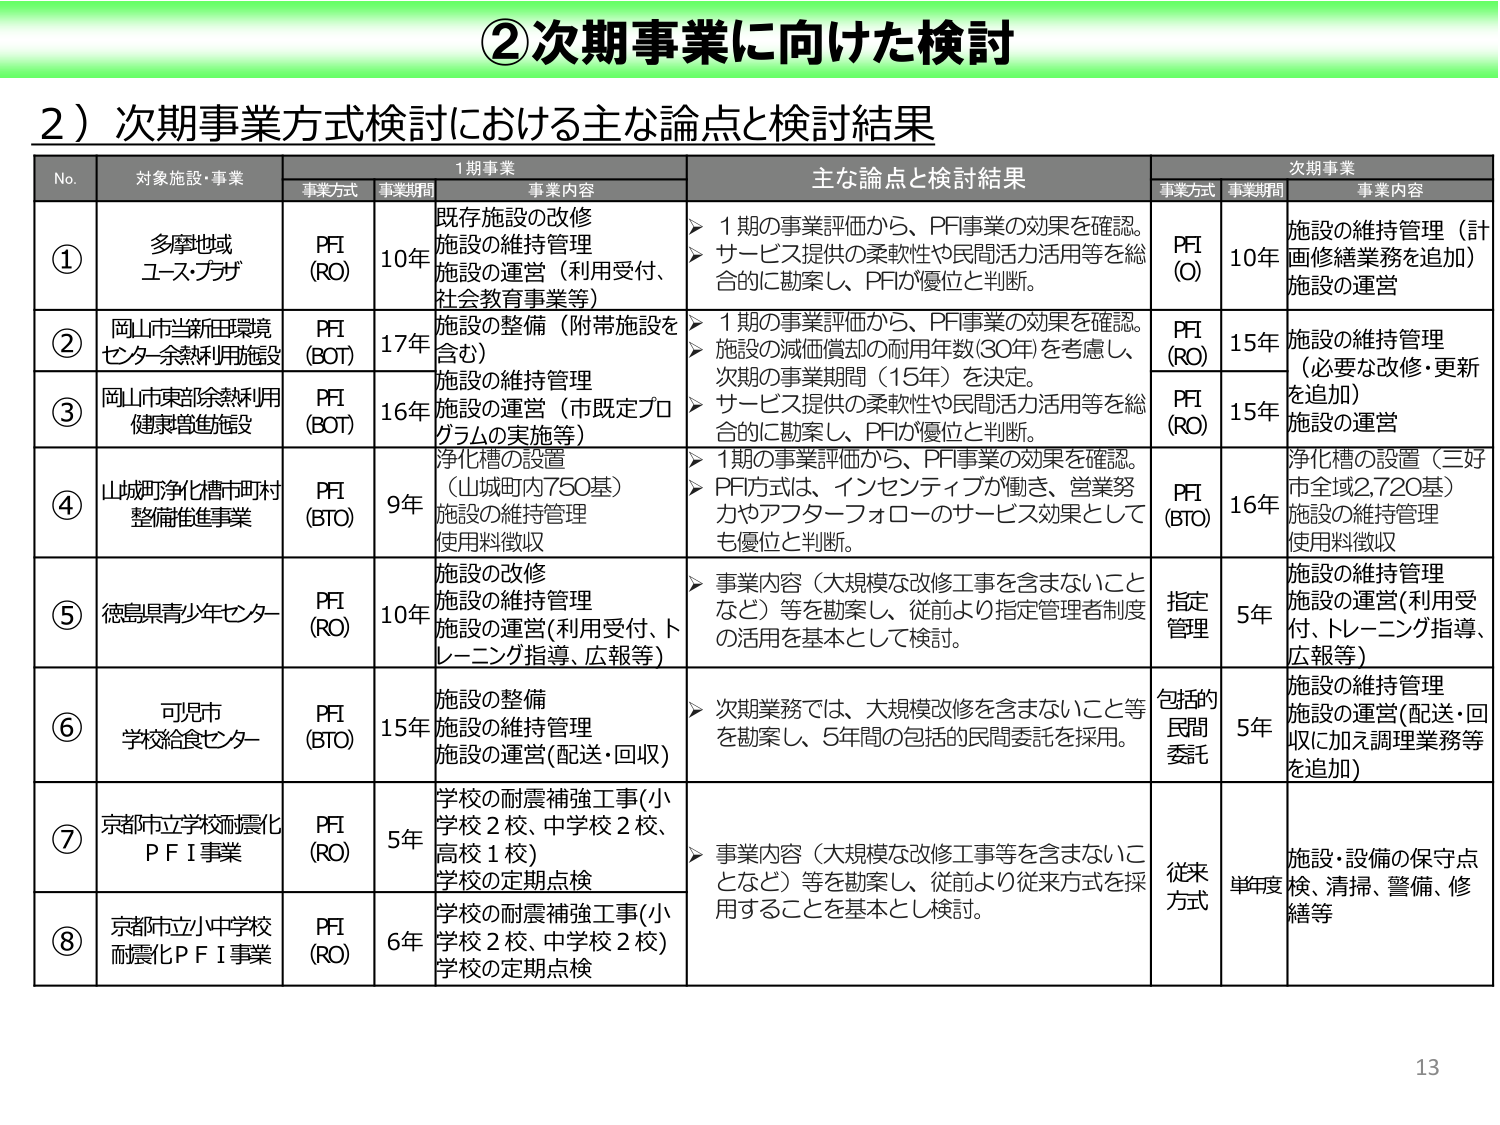
②次期事業に向けた検討

2）次期事業方式検討における主な論点と検討結果

No. 対象施設・事業 1期事業 主な論点と検討結果 次期事業
　　事業方式 事業期間 事業内容 事業方式 事業期間 事業内容

① 多摩地域 ユース・プラザ PFI (RO) 10年 既存施設の改修 施設の維持管理 施設の運営（利用受付、社会教育事業等） ▶ 1期の事業評価から、PFI事業の効果を確認。 ▶ サービス提供の柔軟性や民間活力活用等を総合的に勘案し、PFIが優位と判断。 PFI (O) 10年 施設の維持管理（計画修繕業務を追加） 施設の運営

② 岡山市当新庄環境センター余熱利用施設 PFI (BOT) 17年 施設の整備（附帯施設を含む） 施設の維持管理 施設の運営（市既定プログラムの実施等） ▶ 1期の事業評価から、PFI事業の効果を確認。 ▶ 施設の減価償却の耐用年数（30年）を考慮し、次期の事業期間（15年）を決定。 ▶ サービス提供の柔軟性や民間活力活用等を総合的に勘案し、PFIが優位と判断。 PFI (RO) 15年 施設の維持管理 （必要な改修・更新を追加） 施設の運営

③ 岡山市東部余熱利用健康増進施設 PFI (BOT) 16年 PFI (RO) 15年

④ 山城町浄化槽市町村整備推進事業 PFI (BTO) 9年 浄化槽の設置 （山城町内750基） 施設の維持管理 使用料徴収 ▶ 1期の事業評価から、PFI事業の効果を確認。 ▶ PFI方式は、インセンティブが働き、営業努力やアフターフォローのサービス効果としても優位と判断。 PFI (BTO) 16年 浄化槽の設置（三好市全域2,720基） 施設の維持管理 使用料徴収

⑤ 徳島県青少年センター PFI (RO) 10年 施設の改修 施設の維持管理 施設の運営（利用受付、トレーニング指導、広報等） ▶ 事業内容（大規模な改修工事を含まないことなど）等を勘案し、従前より指定管理者制度の活用を基本として検討。 指定管理 5年 施設の維持管理 施設の運営（利用受付、トレーニング指導、広報等）

⑥ 可児市学校給食センター PFI (BTO) 15年 施設の整備 施設の維持管理 施設の運営（配送・回収） ▶ 次期業務では、大規模改修を含まないこと等を勘案し、5年間の包括的民間委託を採用。 包括的民間委託 5年 施設の維持管理 施設の運営（配送・回収に加え調理業務等を追加）

⑦ 京都市立学校耐震化PFI事業 PFI (RO) 5年 学校の耐震補強工事（小学校2校、中学校2校、高校1校） 学校の定期点検 ▶ 事業内容（大規模な改修工事等を含まないことなど）等を勘案し、従前より従来方式を採用することを基本とし検討。 従来方式 単年度 施設・設備の保守点検、清掃、警備、修繕等

⑧ 京都市立小中学校耐震化PFI事業 PFI (RO) 6年 学校の耐震補強工事（小学校2校、中学校2校） 学校の定期点検

13